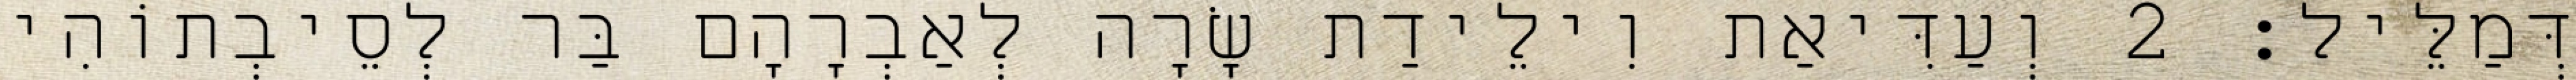
דְּמַלֵּיל׃ 2 וְעַדִּיאַת וִילֵידַת שָׂרָה לְאַבְרָהָם בַּר לְסֵיבְתוֹהִי